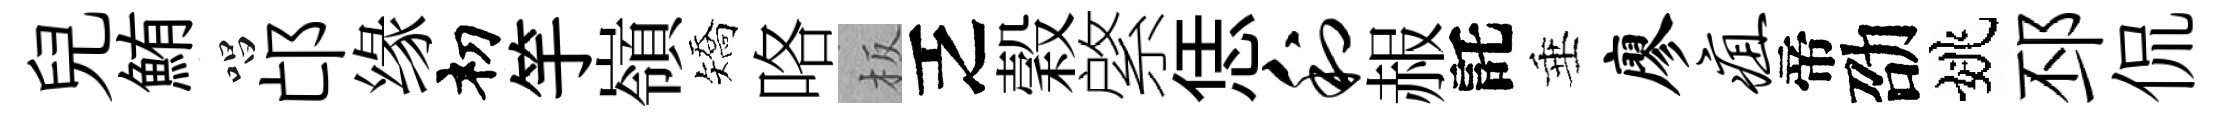
兒鮪唱邙缘𥘉竽嶺矯咯板乏穀綮恁利赧託垂廖疽帝劭姚邳侃